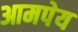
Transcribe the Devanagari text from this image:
आमपेय